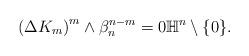
LaTeX: \begin{align*}\left( \Delta K_m\right)^m\wedge \beta_n ^{n-m}=0 \mathbb{H}^n\setminus \{0\}. \end{align*}